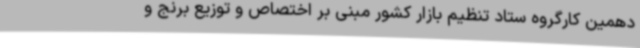
دهمین کارگروه ستاد تنظیم بازار کشور مبنی بر اختصاص و توزیع برنج و